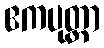
ဧကပုတ္တာ